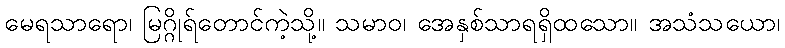
မေရသာရော၊ မြဂ္ဂိုရ်တောင်ကဲ့သို့။ သမာဝ၊ အေနှစ်သာရရှိထသော။ အသံသယော၊